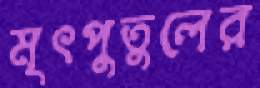
মৃৎপুতুলের